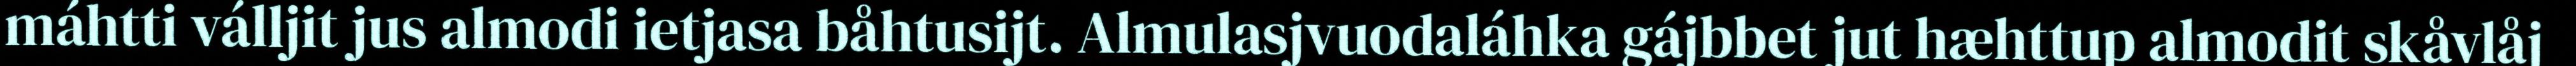
máhtti válljit jus almodi ietjasa båhtusijt. Almulasjvuodaláhka gájbbet jut hæhttup almodit skåvlåj